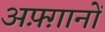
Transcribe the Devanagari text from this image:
अफ़्ग़ानों